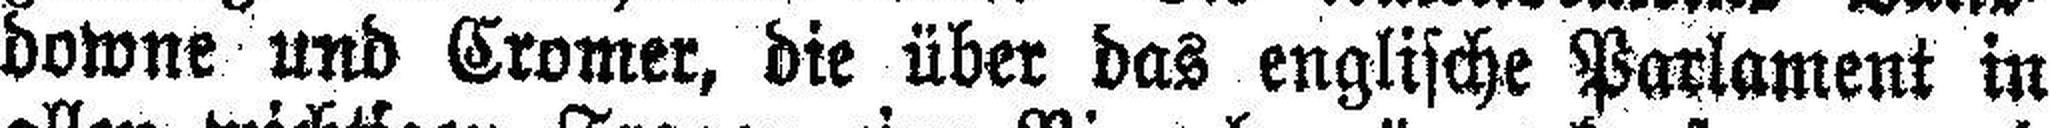
downe und Cromer, die über das englische Parlament in